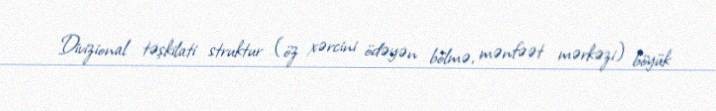
Divizional təşkilati struktur (öz xərcini ödəyən bölmə, mənfəət mərkəzi) böyük